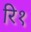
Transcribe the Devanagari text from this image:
रि१